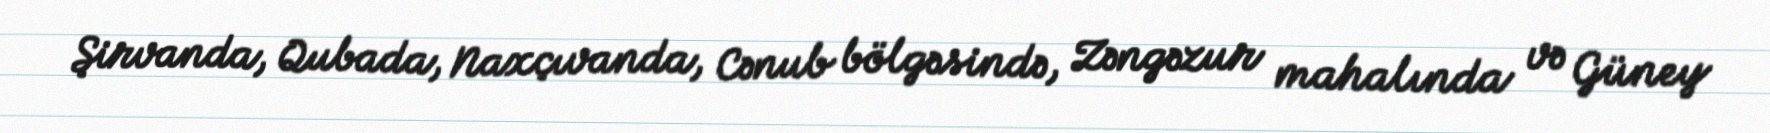
Şirvanda, Qubada, Naxçıvanda, Cənub bölgəsində, Zəngəzur mahalında və Güney